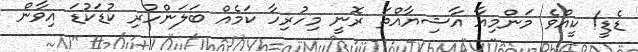
ޑެޑީ! ކީއްވެ މަންމިއާ އާޝިޔާއްތަ ރޮނީ މިހުރިހާ ކަމެއް ބަލަންހުރި ކުޑަކުޑަ އިވާން